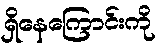
ရှိနေကြောင်းကို